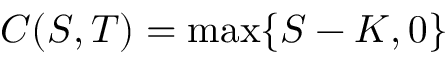
C ( S , T ) = \operatorname* { m a x } \{ S - K , 0 \}